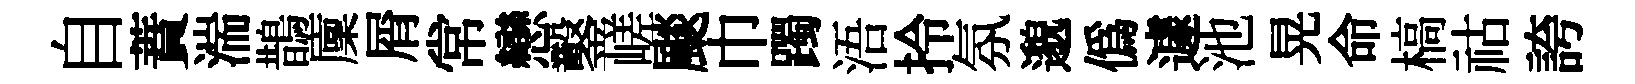
自蕡湍鵲廩屑常戀鑿嵯颷巾躅浯拎氛邈僞遽池晃命槁祜誇